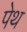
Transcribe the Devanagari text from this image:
पेथ